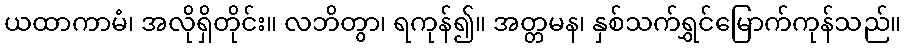
ယထာကာမံ၊ အလိုရှိတိုင်း။ လဘိတွာ၊ ရကုန်၍။ အတ္တမန၊ နှစ်သက်ရွှင်မြောက်ကုန်သည်။